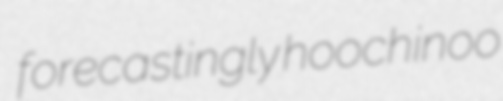
forecastingly hoochinoo